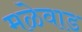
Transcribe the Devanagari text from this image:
मळेवाड